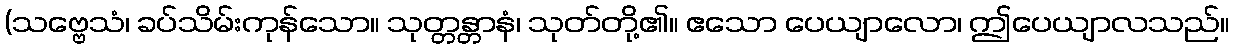
(သဗ္ဗေသံ၊ ခပ်သိမ်းကုန်သော။ သုတ္တန္တာနံ၊ သုတ်တို့၏။ ဧသော ပေယျာလော၊ ဤပေယျာလသည်။